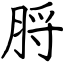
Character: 脟